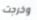
وخرجت